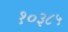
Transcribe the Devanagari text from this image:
१०३८५